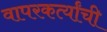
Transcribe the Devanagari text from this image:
वापरकर्त्यांची